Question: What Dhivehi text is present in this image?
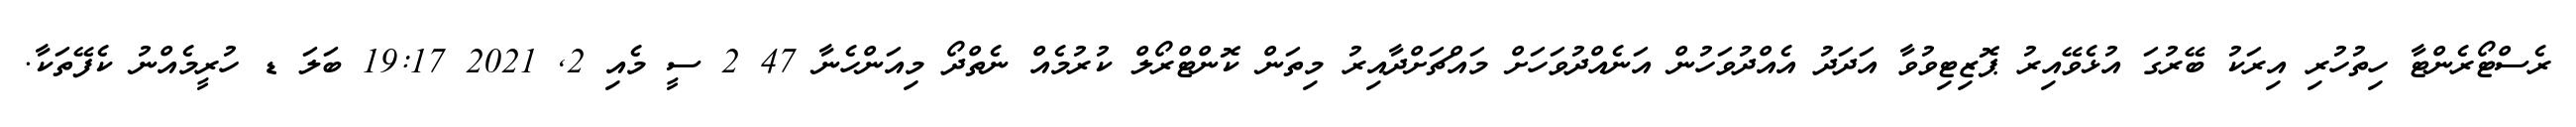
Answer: ރެސްޓޯރެންޓާ ހިތުހުރި އިރަކު ބޭރުގަ އުޅެވޭއިރު ޕޮޒިޓިވުވާ އަދަދު އެއްދުވަހުން އަނެއްދުވަހަށް މައްޗަށްދާއިރު މިތަން ކޮންޓްރޯލް ކުރުމެއް ނެތްދޯ މިއަންހެނާ 47 2 ސީ މެއި 2, 2021 19:17 ބަލަ ޑ ހުރީމެއްނު ކެފޭތަކާ.